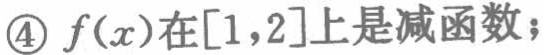
\textcircled{4} \(f(x)\)在\([1,2]\)上是减函数；